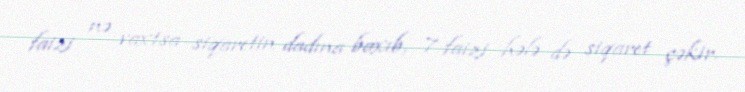
faizi nə vaxtsa siqaretin dadına baxıb, 7 faizi hələ də siqaret çəkir.